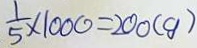
\frac { 1 } { 5 } \times 1 0 0 0 = 2 0 0 ( g )